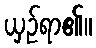
ယှဉ်ရာ၏။